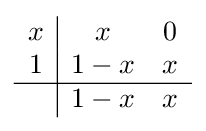
{\begin{array}{c|cc}x&x&0\\1&1-x&x\\\hline &1-x&x\\\end{array}}